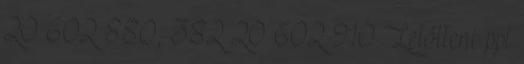
20 602 880; 382 20 602 910 Letölteni ppt